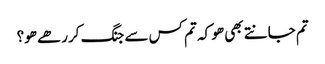
تم جانتے بھی ھو کہ تم کس سے جنگ کررھے ھو؟